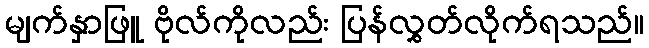
မျက်နှာဖြူ ဗိုလ်ကိုလည်း ပြန်လွှတ်လိုက်ရသည်။